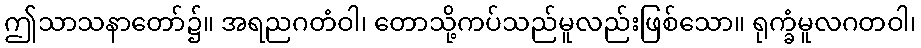
ဤသာသနာတော်၌။ အရညဂတံဝါ၊ တောသို့ကပ်သည်မူလည်းဖြစ်သော။ ရုက္ခံမူလဂတဝါ၊